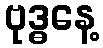
ဗုဒ္ဓနေ့